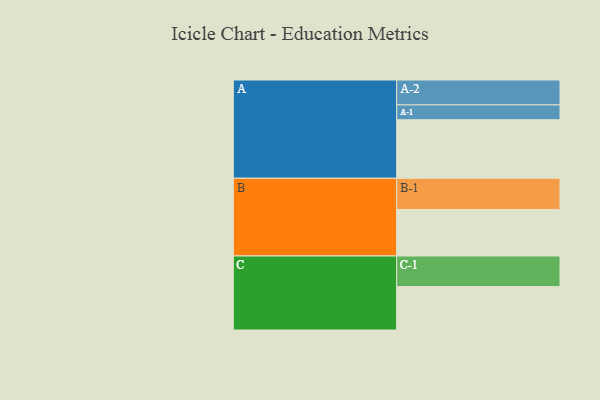
{"axis": {"x": "Segment", "y": "Value"}, "legend": ["", "A", "B", "C"], "data": [{"x": "A", "y": 559, "type": ""}, {"x": "B", "y": 444, "type": ""}, {"x": "C", "y": 415, "type": ""}, {"x": "A-1", "y": 142, "type": "A"}, {"x": "A-2", "y": 238, "type": "A"}, {"x": "B-1", "y": 299, "type": "B"}, {"x": "C-1", "y": 292, "type": "C"}]}